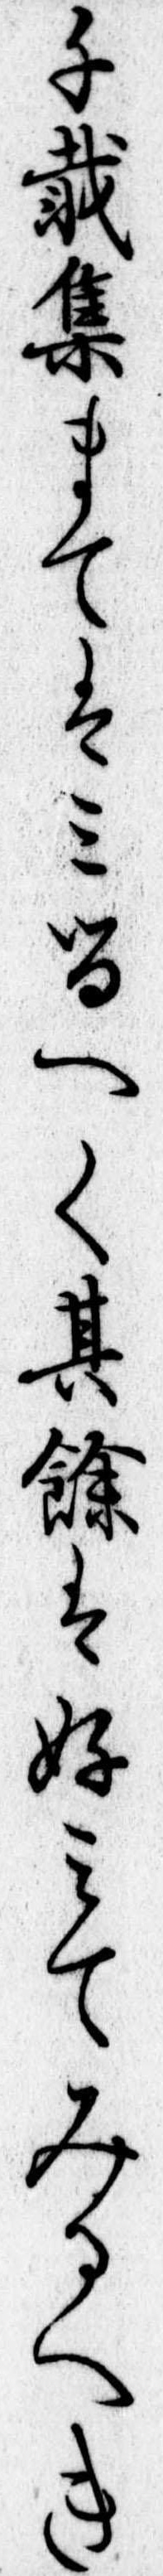
千載集まてはみるへく其余は好みてみるへき